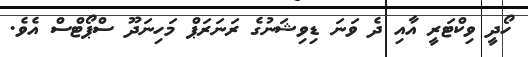
ހޯދީ ވިކްޓަރީ އާއި ދެ ވަނަ ޑިވިޝަނުގެ ރަނަރަޕް މަހިނަދޫ ސްޕޯޓްސް އެވެ.